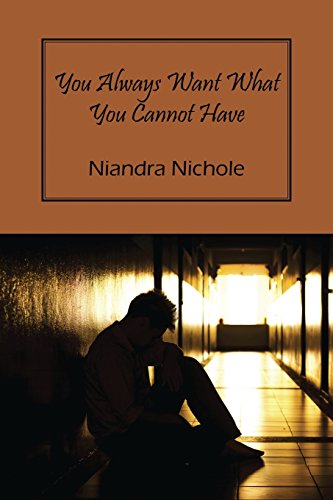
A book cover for You Always Want What You Cannot Have; Niandra Nichole; Romance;